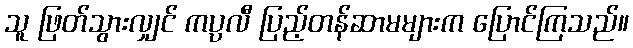
သူ ဖြတ်သွားလျှင် ကပ္ပလီ ပြည့်တန်ဆာမများက ပြောင်ကြသည်။